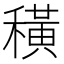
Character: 穔